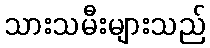
သားသမီးများသည်